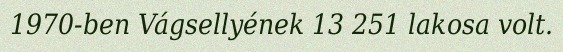
1970-ben Vágsellyének 13 251 lakosa volt.